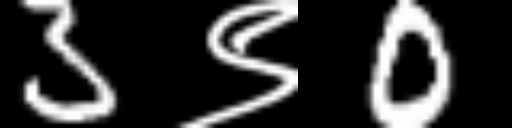
Text: 3९0